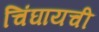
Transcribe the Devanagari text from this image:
चिंघायची